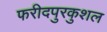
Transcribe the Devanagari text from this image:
फरीदपुरकुशल